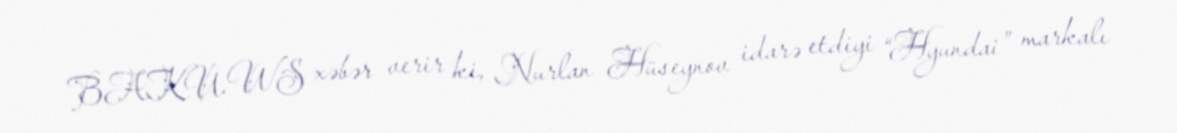
BAKU.WS xəbər verir ki, Nurlan Hüseynov idarə etdiyi “Hyundai” markalı